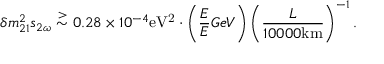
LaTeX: \delta m _ { 2 1 } ^ { 2 } s _ { 2 \omega } \stackrel { > } { \sim } 0 . 2 8 \times 1 0 ^ { - 4 } \mathrm { e V ^ { 2 } } \cdot \left( \frac { E } { E } { G e V } \right) \left( \frac { L } { 1 0 0 0 0 \mathrm { k m } } \right) ^ { - 1 } .